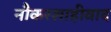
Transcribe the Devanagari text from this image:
नौकरशाहीवाद